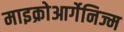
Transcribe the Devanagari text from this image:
माइक्रोआर्गेनिज्म